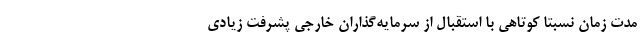
مدت زمان نسبتا کوتاهی با استقبال از سرمایه‌گذاران خارجی پشرفت زیادی